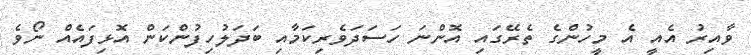
ވާއިރު އެއީ އެ މީހުންގެ ތެރޭގައި އޮންނަ ހަސަދަވެރިކަމާއި ބަދަލުހިފުންކަން އޮޅިފައެއް ނޯވެ